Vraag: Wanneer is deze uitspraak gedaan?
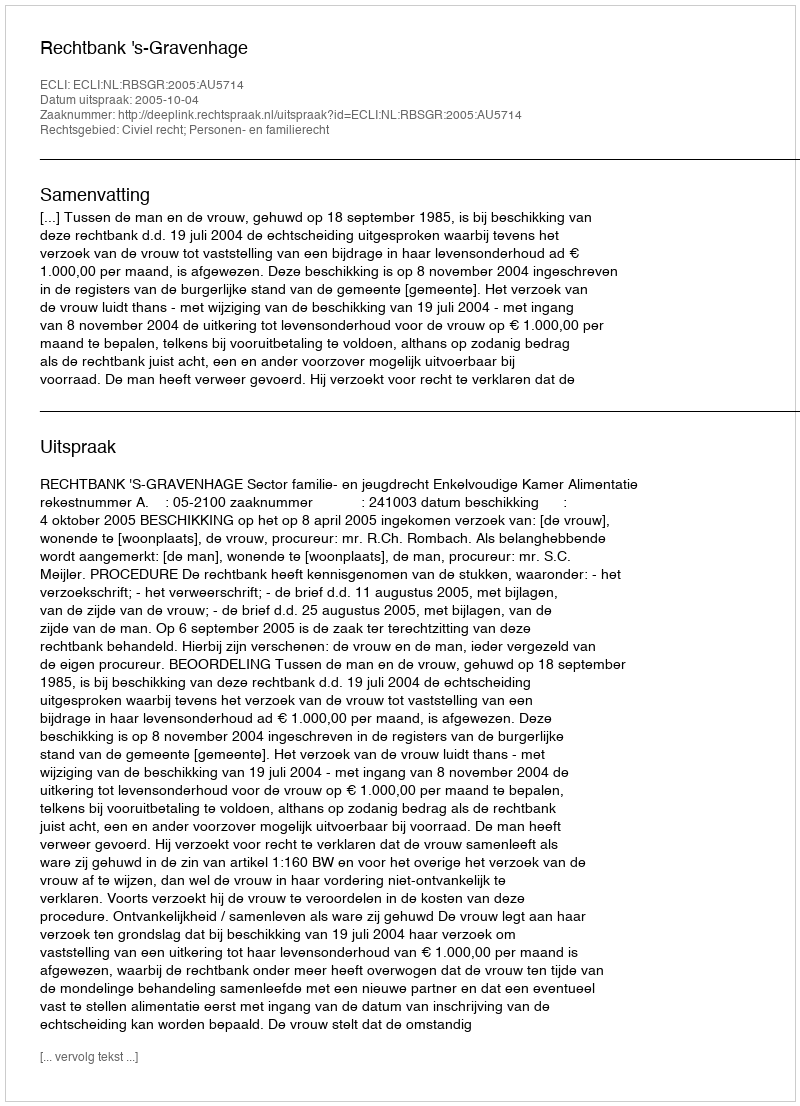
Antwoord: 2005-10-04